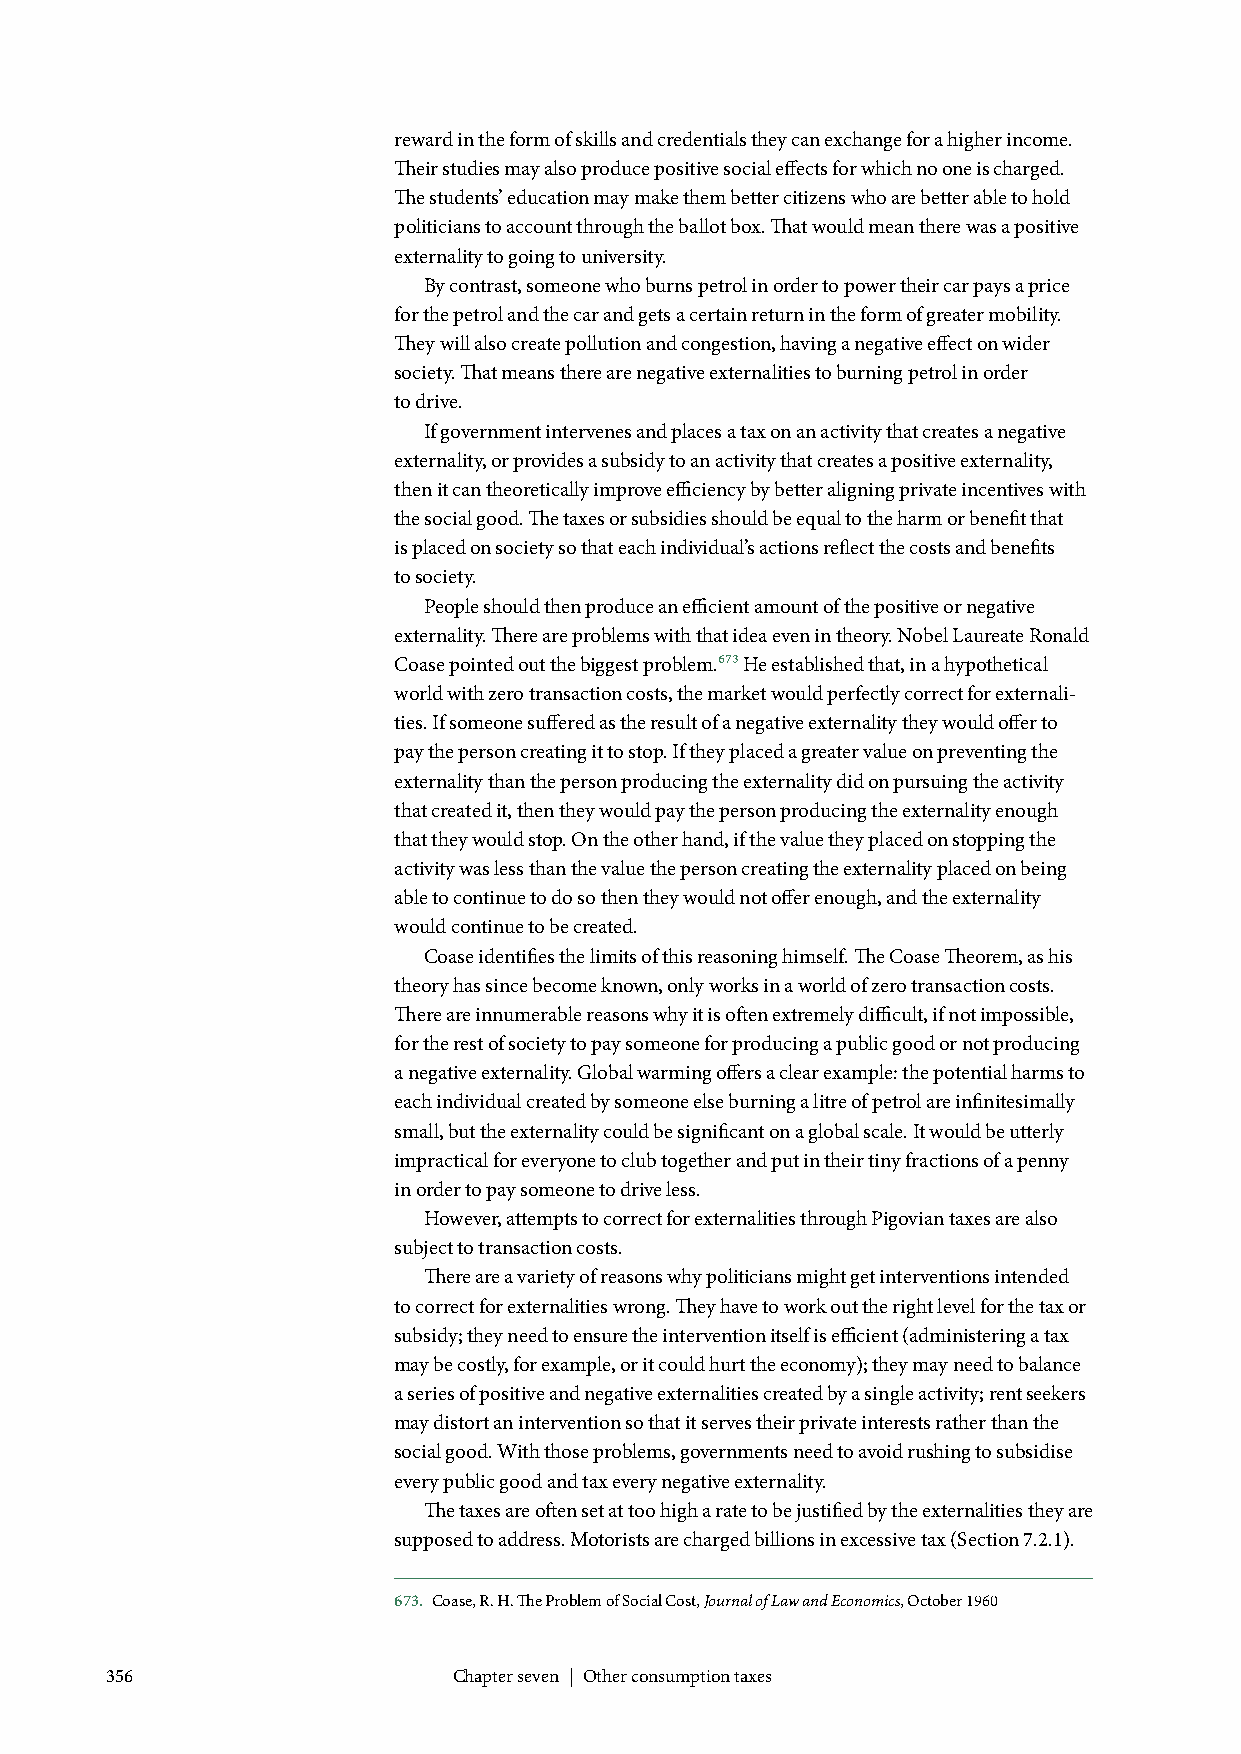
reward in the form of skills and credentials they can exchange for a higher income.
 Their studies may also produce positive social effects for which no one is charged.
 The students’ education may make them better citizens who are better able to hold
 politicians to account through the ballot box. That would mean there was a positive
 externality to going to university.
 By contrast, someone who burns petrol in order to power their car pays a price
 for the petrol and the car and gets a certain return in the form of greater mobility.
 They will also create pollution and congestion, having a negative effect on wider
 society. That means there are negative externalities to burning petrol in order
 to drive.
 If government intervenes and places a tax on an activity that creates a negative
 externality, or provides a subsidy to an activity that creates a positive externality,
 then it can theoretically improve efficiency by better aligning private incentives with
 the social good. The taxes or subsidies should be equal to the harm or benefit that
 is placed on society so that each individual’s actions reflect the costs and benefits
 to society.
 People should then produce an efficient amount of the positive or negative
 externality. There are problems with that idea even in theory. Nobel Laureate Ronald
 Coase pointed out the biggest problem.673 He established that, in a hypothetical
 world with zero transaction costs, the market would perfectly correct for externali-
 ties. If someone suffered as the result of a negative externality they would offer to
 pay the person creating it to stop. If they placed a greater value on preventing the
 externality than the person producing the externality did on pursuing the activity
 that created it, then they would pay the person producing the externality enough
 that they would stop. On the other hand, if the value they placed on stopping the
 activity was less than the value the person creating the externality placed on being
 able to continue to do so then they would not offer enough, and the externality
 would continue to be created.
 Coase identifies the limits of this reasoning himself. The Coase Theorem, as his
 theory has since become known, only works in a world of zero transaction costs.
 There are innumerable reasons why it is often extremely difficult, if not impossible,
 for the rest of society to pay someone for producing a public good or not producing
 a negative externality. Global warming offers a clear example: the potential harms to
 each individual created by someone else burning a litre of petrol are infinitesimally
 small, but the externality could be significant on a global scale. It would be utterly
 impractical for everyone to club together and put in their tiny fractions of a penny
 in order to pay someone to drive less.
 However, attempts to correct for externalities through Pigovian taxes are also
 subject to transaction costs.
 There are a variety of reasons why politicians might get interventions intended
 to correct for externalities wrong. They have to work out the right level for the tax or
 subsidy; they need to ensure the intervention itself is efficient (administering a tax
 may be costly, for example, or it could hurt the economy); they may need to balance
 a series of positive and negative externalities created by a single activity; rent seekers
 may distort an intervention so that it serves their private interests rather than the
 social good. With those problems, governments need to avoid rushing to subsidise
 every public good and tax every negative externality.
 The taxes are often set at too high a rate to be justified by the externalities they are
 supposed to address. Motorists are charged billions in excessive tax (Section 7.2.1).
 673. Coase, R. H. The Problem of Social Cost, Journal of Law and Economics, October 1960
 356                    Chapter seven | Other consumption taxes